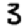
Digit: 3